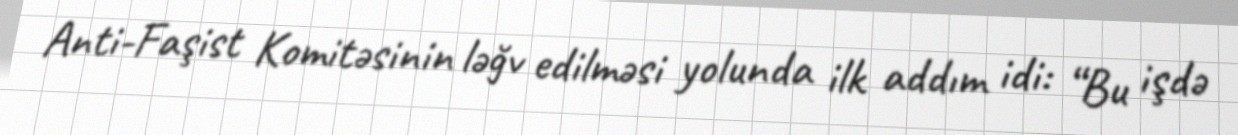
Anti-Faşist Komitəsinin ləğv edilməsi yolunda ilk addım idi: “Bu işdə